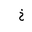
Letter: _kha